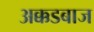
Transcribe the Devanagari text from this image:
अक्कडबाज